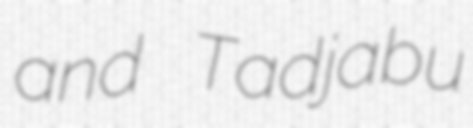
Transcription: and Tadjabu